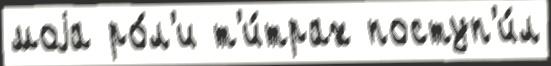
моjа ро́л'и т'и́трах поступ'и́л